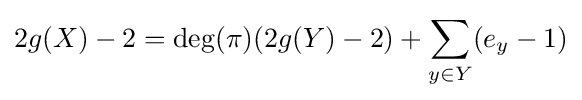
2g(X)-2=\operatorname {deg} (\pi )(2g(Y)-2)+\sum _{y\in Y}(e_{y}-1)